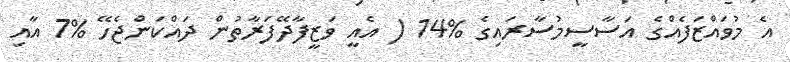
އެ މުވައްޒަފެއްގެ އަސާސީމުސާރައިގެ %14 ( އެއީ ވަޒީފާދޭފަރާތުން ދައްކަންޖެހޭ %7 އާއި